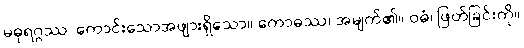
မဓုရဂ္ဂဿ၊ ကောင်းသောအဖျားရှိသော။ ကောဓဿ၊ အမျက်၏။ ဝဓံ၊ ဖြတ်ခြင်းကို။